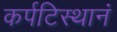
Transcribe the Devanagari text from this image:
कर्पटिस्थानं